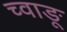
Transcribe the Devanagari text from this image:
च्वाङू